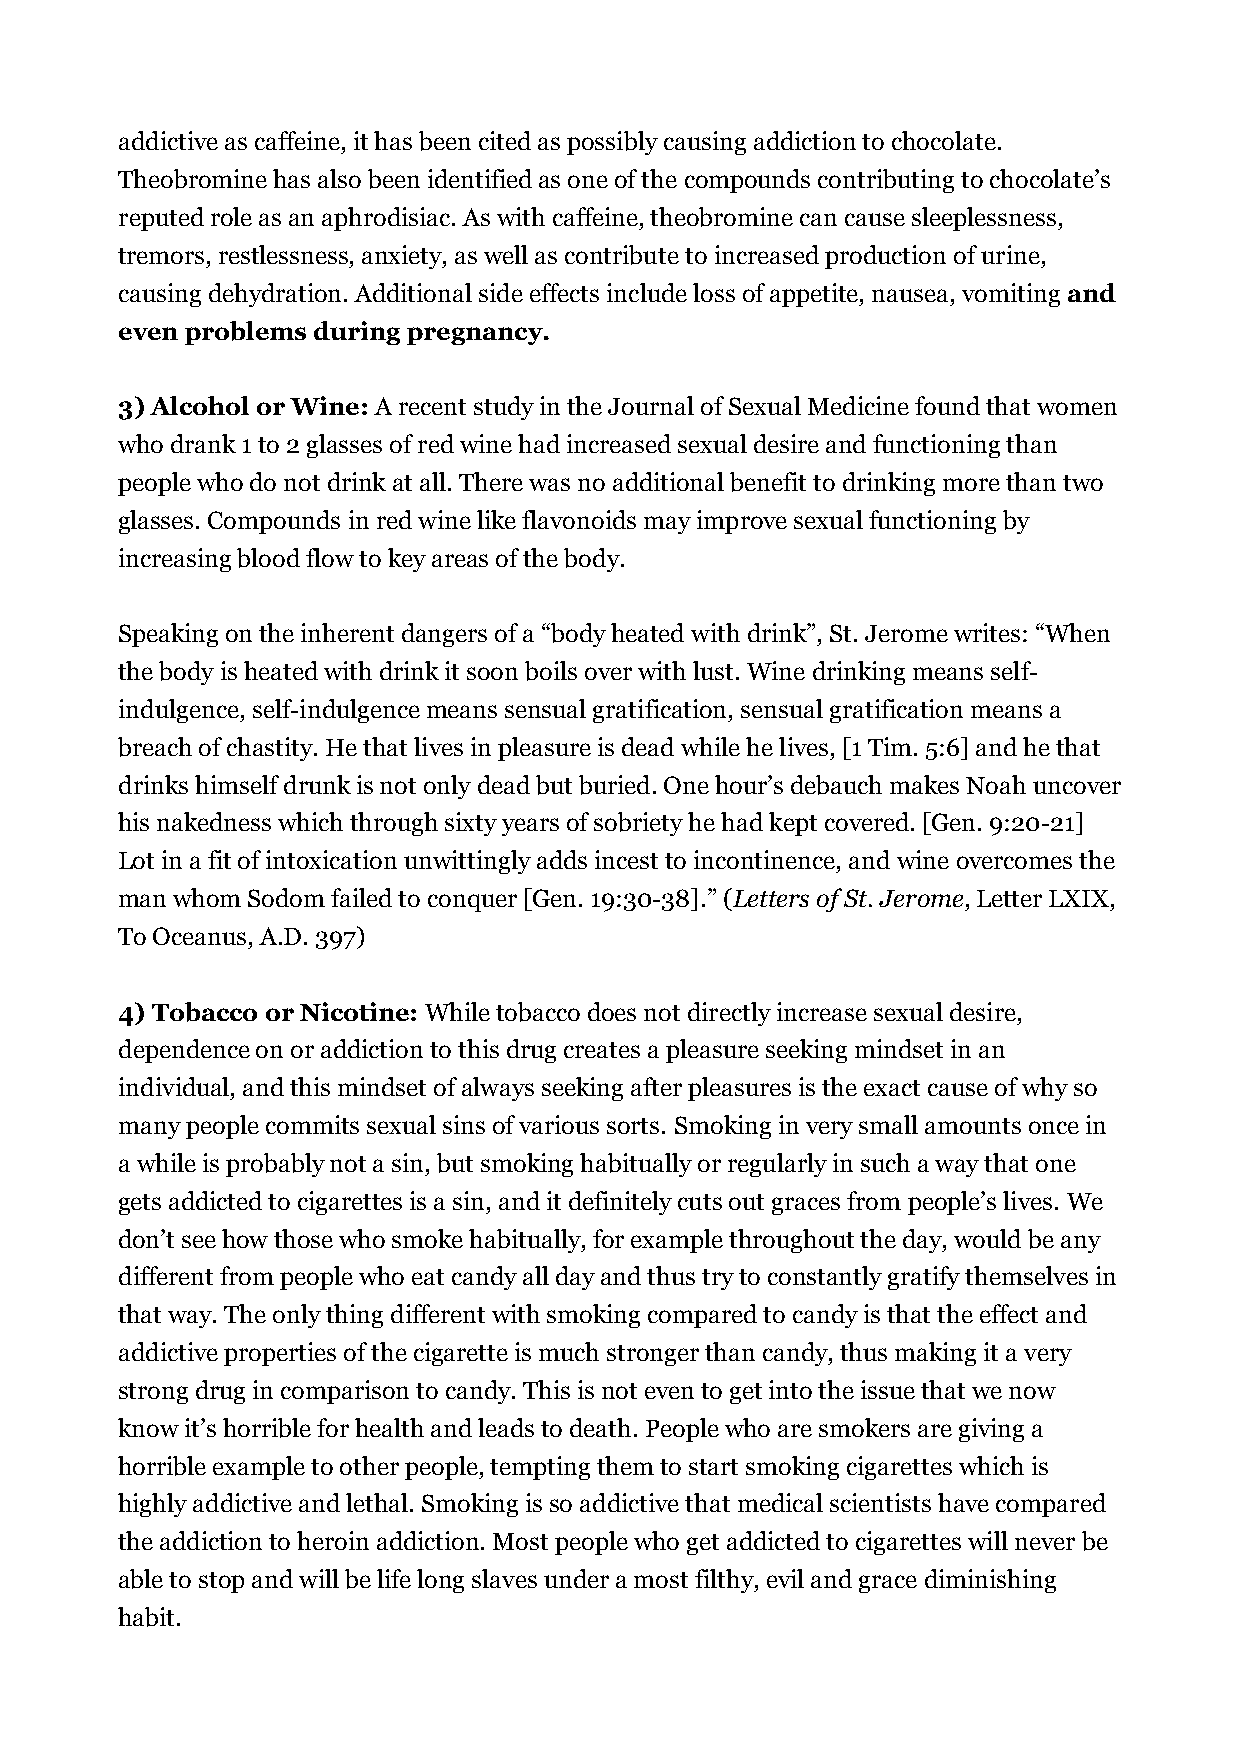
addictive as caffeine, it has been cited as possibly causing addiction to chocolate.
 Theobromine has also been identified as one of the compounds contributing to chocolate’s
 reputed role as an aphrodisiac. As with caffeine, theobromine can cause sleeplessness,
 tremors, restlessness, anxiety, as well as contribute to increased production of urine,
 causing dehydration. Additional side effects include loss of appetite, nausea, vomiting and
 even problems during pregnancy.
 3) Alcohol or Wine: A recent study in the Journal of Sexual Medicine found that women
 who drank 1 to 2 glasses of red wine had increased sexual desire and functioning than
 people who do not drink at all. There was no additional benefit to drinking more than two
 glasses. Compounds in red wine like flavonoids may improve sexual functioning by
 increasing blood flow to key areas of the body.
 Speaking on the inherent dangers of a “body heated with drink”, St. Jerome writes: “When
 the body is heated with drink it soon boils over with lust. Wine drinking means self-
 indulgence, self-indulgence means sensual gratification, sensual gratification means a
 breach of chastity. He that lives in pleasure is dead while he lives, [1 Tim. 5:6] and he that
 drinks himself drunk is not only dead but buried. One hour’s debauch makes Noah uncover
 his nakedness which through sixty years of sobriety he had kept covered. [Gen. 9:20-21]
 Lot in a fit of intoxication unwittingly adds incest to incontinence, and wine overcomes the
 man whom Sodom failed to conquer [Gen. 19:30-38].” (Letters of St. Jerome, Letter LXIX,
 To Oceanus, A.D. 397)
 4) Tobacco or Nicotine: While tobacco does not directly increase sexual desire,
 dependence on or addiction to this drug creates a pleasure seeking mindset in an
 individual, and this mindset of always seeking after pleasures is the exact cause of why so
 many people commits sexual sins of various sorts. Smoking in very small amounts once in
 a while is probably not a sin, but smoking habitually or regularly in such a way that one
 gets addicted to cigarettes is a sin, and it definitely cuts out graces from people’s lives. We
 don’t see how those who smoke habitually, for example throughout the day, would be any
 different from people who eat candy all day and thus try to constantly gratify themselves in
 that way. The only thing different with smoking compared to candy is that the effect and
 addictive properties of the cigarette is much stronger than candy, thus making it a very
 strong drug in comparison to candy. This is not even to get into the issue that we now
 know it’s horrible for health and leads to death. People who are smokers are giving a
 horrible example to other people, tempting them to start smoking cigarettes which is
 highly addictive and lethal. Smoking is so addictive that medical scientists have compared
 the addiction to heroin addiction. Most people who get addicted to cigarettes will never be
 able to stop and will be life long slaves under a most filthy, evil and grace diminishing
 habit.